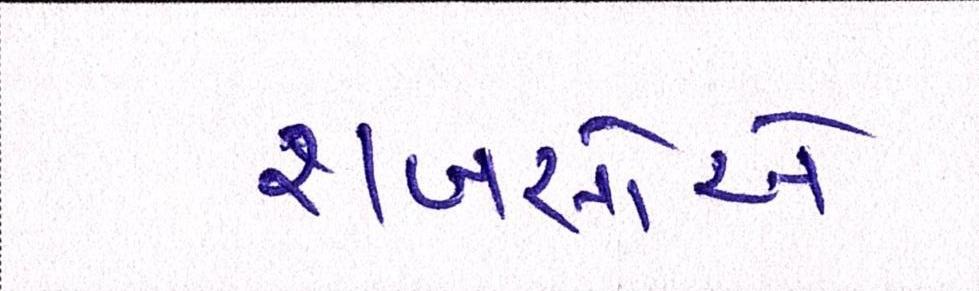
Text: શખસોએ